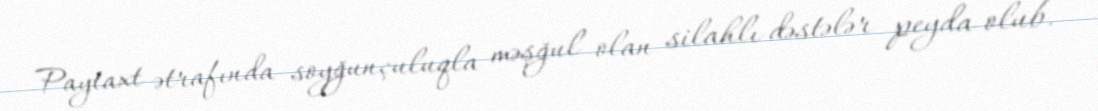
Paytaxt ətrafında soyğunçuluqla məşğul olan silahlı dəstələr peyda olub.